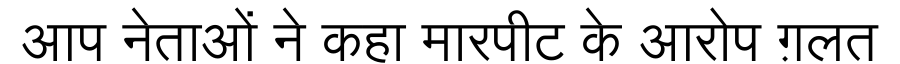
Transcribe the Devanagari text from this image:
आप नेताओं ने कहा मारपीट के आरोप ग़लत